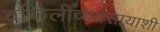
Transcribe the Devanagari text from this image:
वकिलीव्यवसायाशी